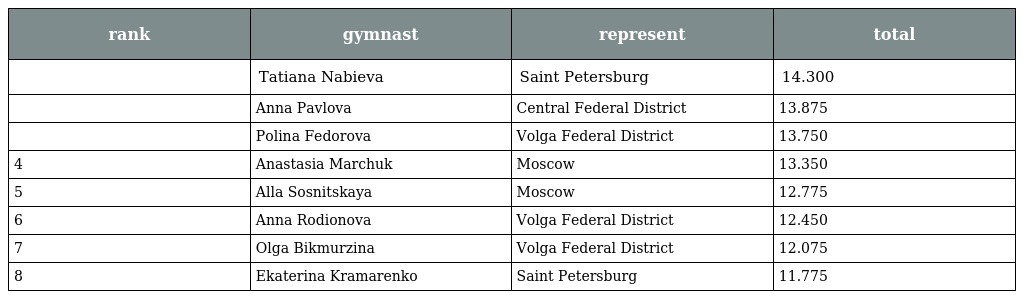
| rank | gymnast | represent | total |
 | --- | --- | --- | --- |
 |  | Tatiana Nabieva | Saint Petersburg | 14.300 |
 |  | Anna Pavlova | Central Federal District | 13.875 |
 |  | Polina Fedorova | Volga Federal District | 13.750 |
 | 4 | Anastasia Marchuk | Moscow | 13.350 |
 | 5 | Alla Sosnitskaya | Moscow | 12.775 |
 | 6 | Anna Rodionova | Volga Federal District | 12.450 |
 | 7 | Olga Bikmurzina | Volga Federal District | 12.075 |
 | 8 | Ekaterina Kramarenko | Saint Petersburg | 11.775 |